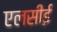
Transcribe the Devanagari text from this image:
एलसीई